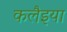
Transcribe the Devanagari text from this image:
कलैइया